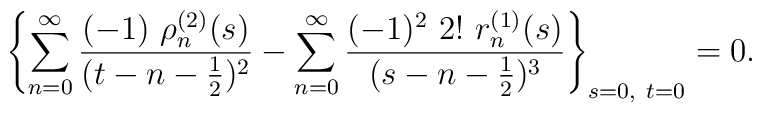
\left\{\sum_{n=0}^\infty\frac{(-1)\ \rho_n^{(2)}(s)}{(t-n-\frac{1}{2})^2} -\sum_{n=0}^\infty\frac{(-1)^2\ 2!\ r_n^{(1)}(s)}{(s-n-\frac{1}{2})^3}\right\}_{s=0,\ t=0} = 0.